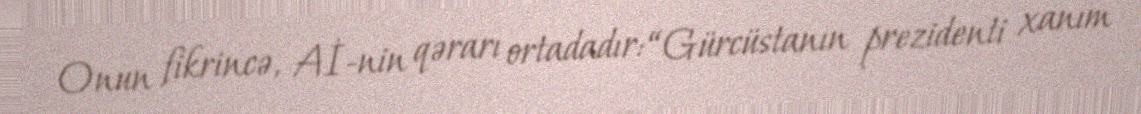
Onun fikrincə, Aİ-nin qərarı ortadadır: “Gürcüstanın prezidenti xanım